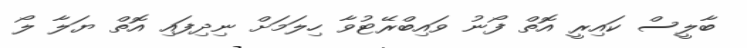
ބާލީސް ކައިރީ އޮތް ފޯނު ވައިބްރޭޓުވާ ހިލަމަށް ނިދިފައި އޮތް ޔަލާ ލޯ